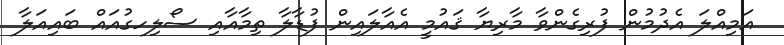
އަމިއްލަ އެދުމުން ފުރިގެންވާ މާރިޔާ ޤައުމީ އެއާލައިން ފުޑާލާ ތިމާއާއި ސޯލިހގުއައް ބައިއަލާ